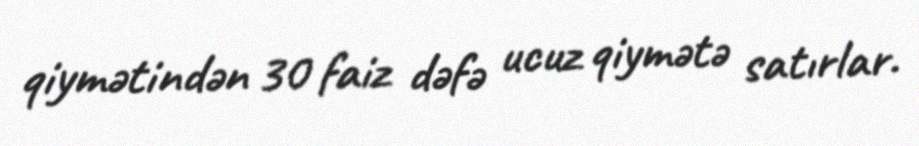
qiymətindən 30 faiz dəfə ucuz qiymətə satırlar.